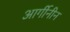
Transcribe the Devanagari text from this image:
आर्गीनीन